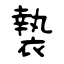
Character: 褺